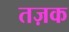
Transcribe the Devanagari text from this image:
तज़क